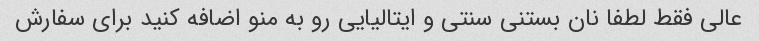
عالی فقط لطفا نان بستنی سنتی و ایتالیایی رو به منو اضافه کنید برای سفارش